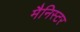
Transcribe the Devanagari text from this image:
मैनिस्टर